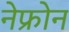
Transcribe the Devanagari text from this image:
नेफ्रोन